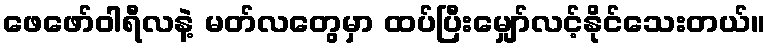
ဖေဖော်ဝါရီလနဲ့ မတ်လတွေမှာ ထပ်ပြီးမျှော်လင့်နိုင်သေးတယ်။